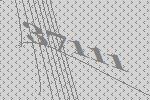
37111